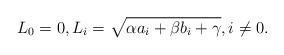
LaTeX: \begin{align*} {L}_{0}=0,{L}_i=\sqrt{\alpha a_i+\beta b_i+\gamma},i\neq 0.\end{align*}